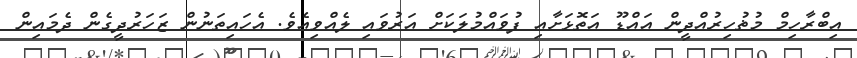
އިބްރާހިމް މުޡުހިރުއްދީން އައްޑޫ އަތޮޅަށާއި ފުވައްމުލަކަށް އަރުވައި ލެއްވިއެވެ. އެހައިތަނުން ޒަހަރުދީގެން ދެމައިން